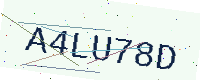
Text: A4LU78D